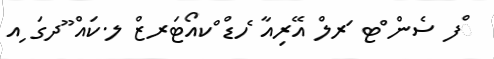
ްފ ސެން ްޓ ަރލް އޭރިއާ ެހޑް ްކއޯޓަރޒް ލ.ކައް ޫދގަ ިއ